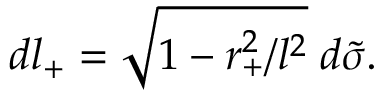
d l _ { + } = \sqrt { 1 - r _ { + } ^ { 2 } / l ^ { 2 } } \; d \tilde { \sigma } .